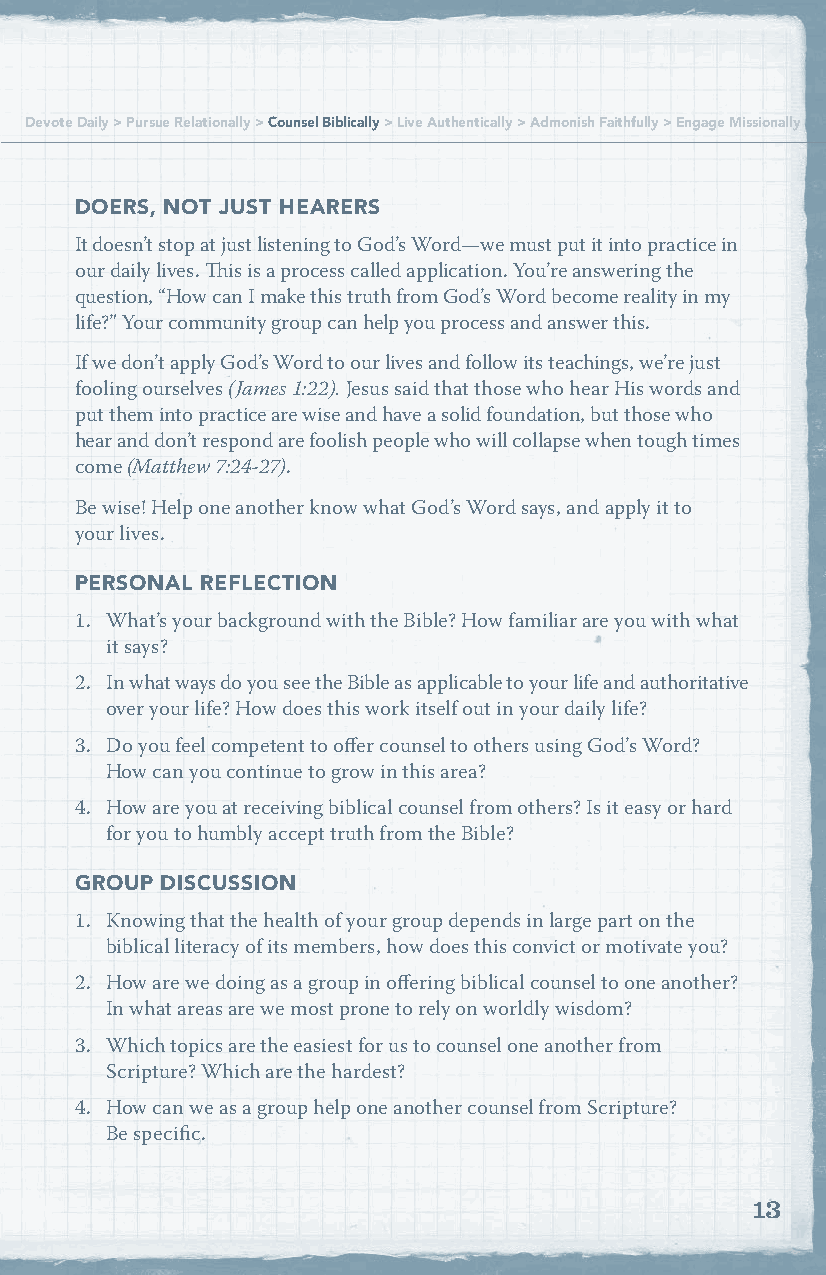
Devote Daily > Pursue Relationally > Counsel Biblically > Live Authentically > Admonish Faithfully > Engage Missionally
 DOERS, NOT JUST HEARERS
 It doesn’t stop at just listening to God’s Word—we must put it into practice in
 our daily lives. This is a process called application. You’re answering the
 question, “How can I make this truth from God’s Word become reality in my
 life?” Your community group can help you process and answer this.
 If we don’t apply God’s Word to our lives and follow its teachings, we’re just
 fooling ourselves (James 1:22). Jesus said that those who hear His words and
 put them into practice are wise and have a solid foundation, but those who
 hear and don’t respond are foolish people who will collapse when tough times
 come (Matthew 7:24-27).
 Be wise! Help one another know what God’s Word says, and apply it to
 your lives.
 PERSONAL REFLECTION
 1. What’s your background with the Bible? How familiar are you with what
 it says?
 2. In what ways do you see the Bible as applicable to your life and authoritative
 over your life? How does this work itself out in your daily life?
 3. Do you feel competent to offer counsel to others using God’s Word?
 How can you continue to grow in this area?
 4. How are you at receiving biblical counsel from others? Is it easy or hard
 for you to humbly accept truth from the Bible?
 GROUP DISCUSSION
 1. Knowing that the health of your group depends in large part on the
 biblical literacy of its members, how does this convict or motivate you?
 2. How are we doing as a group in offering biblical counsel to one another?
 In what areas are we most prone to rely on worldly wisdom?
 3. Which topics are the easiest for us to counsel one another from
 Scripture? Which are the hardest?
 4. How can we as a group help one another counsel from Scripture?
 Be specific.
 13